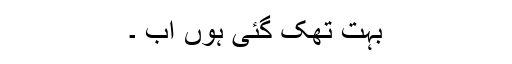
بہت تھک گئی ہوں اب ۔